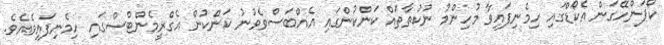
ކޯޕަންހޭގަން އެކޯޑްގައި ހިމެނިފައިވާ މުހިންމު ނުކުތާތައް ކަންކުންގައި އެއްބަސްވެވުނު ކަންކުން އެގްރީމެންޓްސްގައި ހިމެނިފައިވެއެވެ.